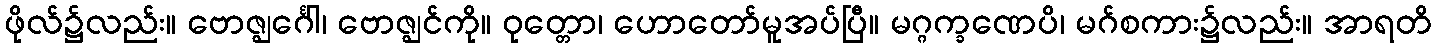
ဖိုလ်၌လည်း။ ဗောဇ္ဈင်္ဂေါ၊ ဗောဇ္ဈင်ကို။ ဝုတ္တော၊ ဟောတော်မူအပ်ပြီ။ မဂ္ဂက္ခဏေပိ၊ မဂ်စကား၌လည်း။ အာရတိ